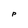
Character: P